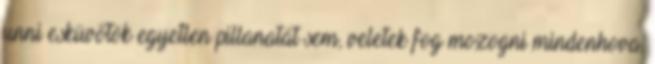
unni esküvőtök egyetlen pillanatát sem, veletek fog mozogni mindenhova,